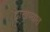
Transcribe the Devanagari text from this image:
द्वाखण्यात